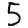
Digit: 5